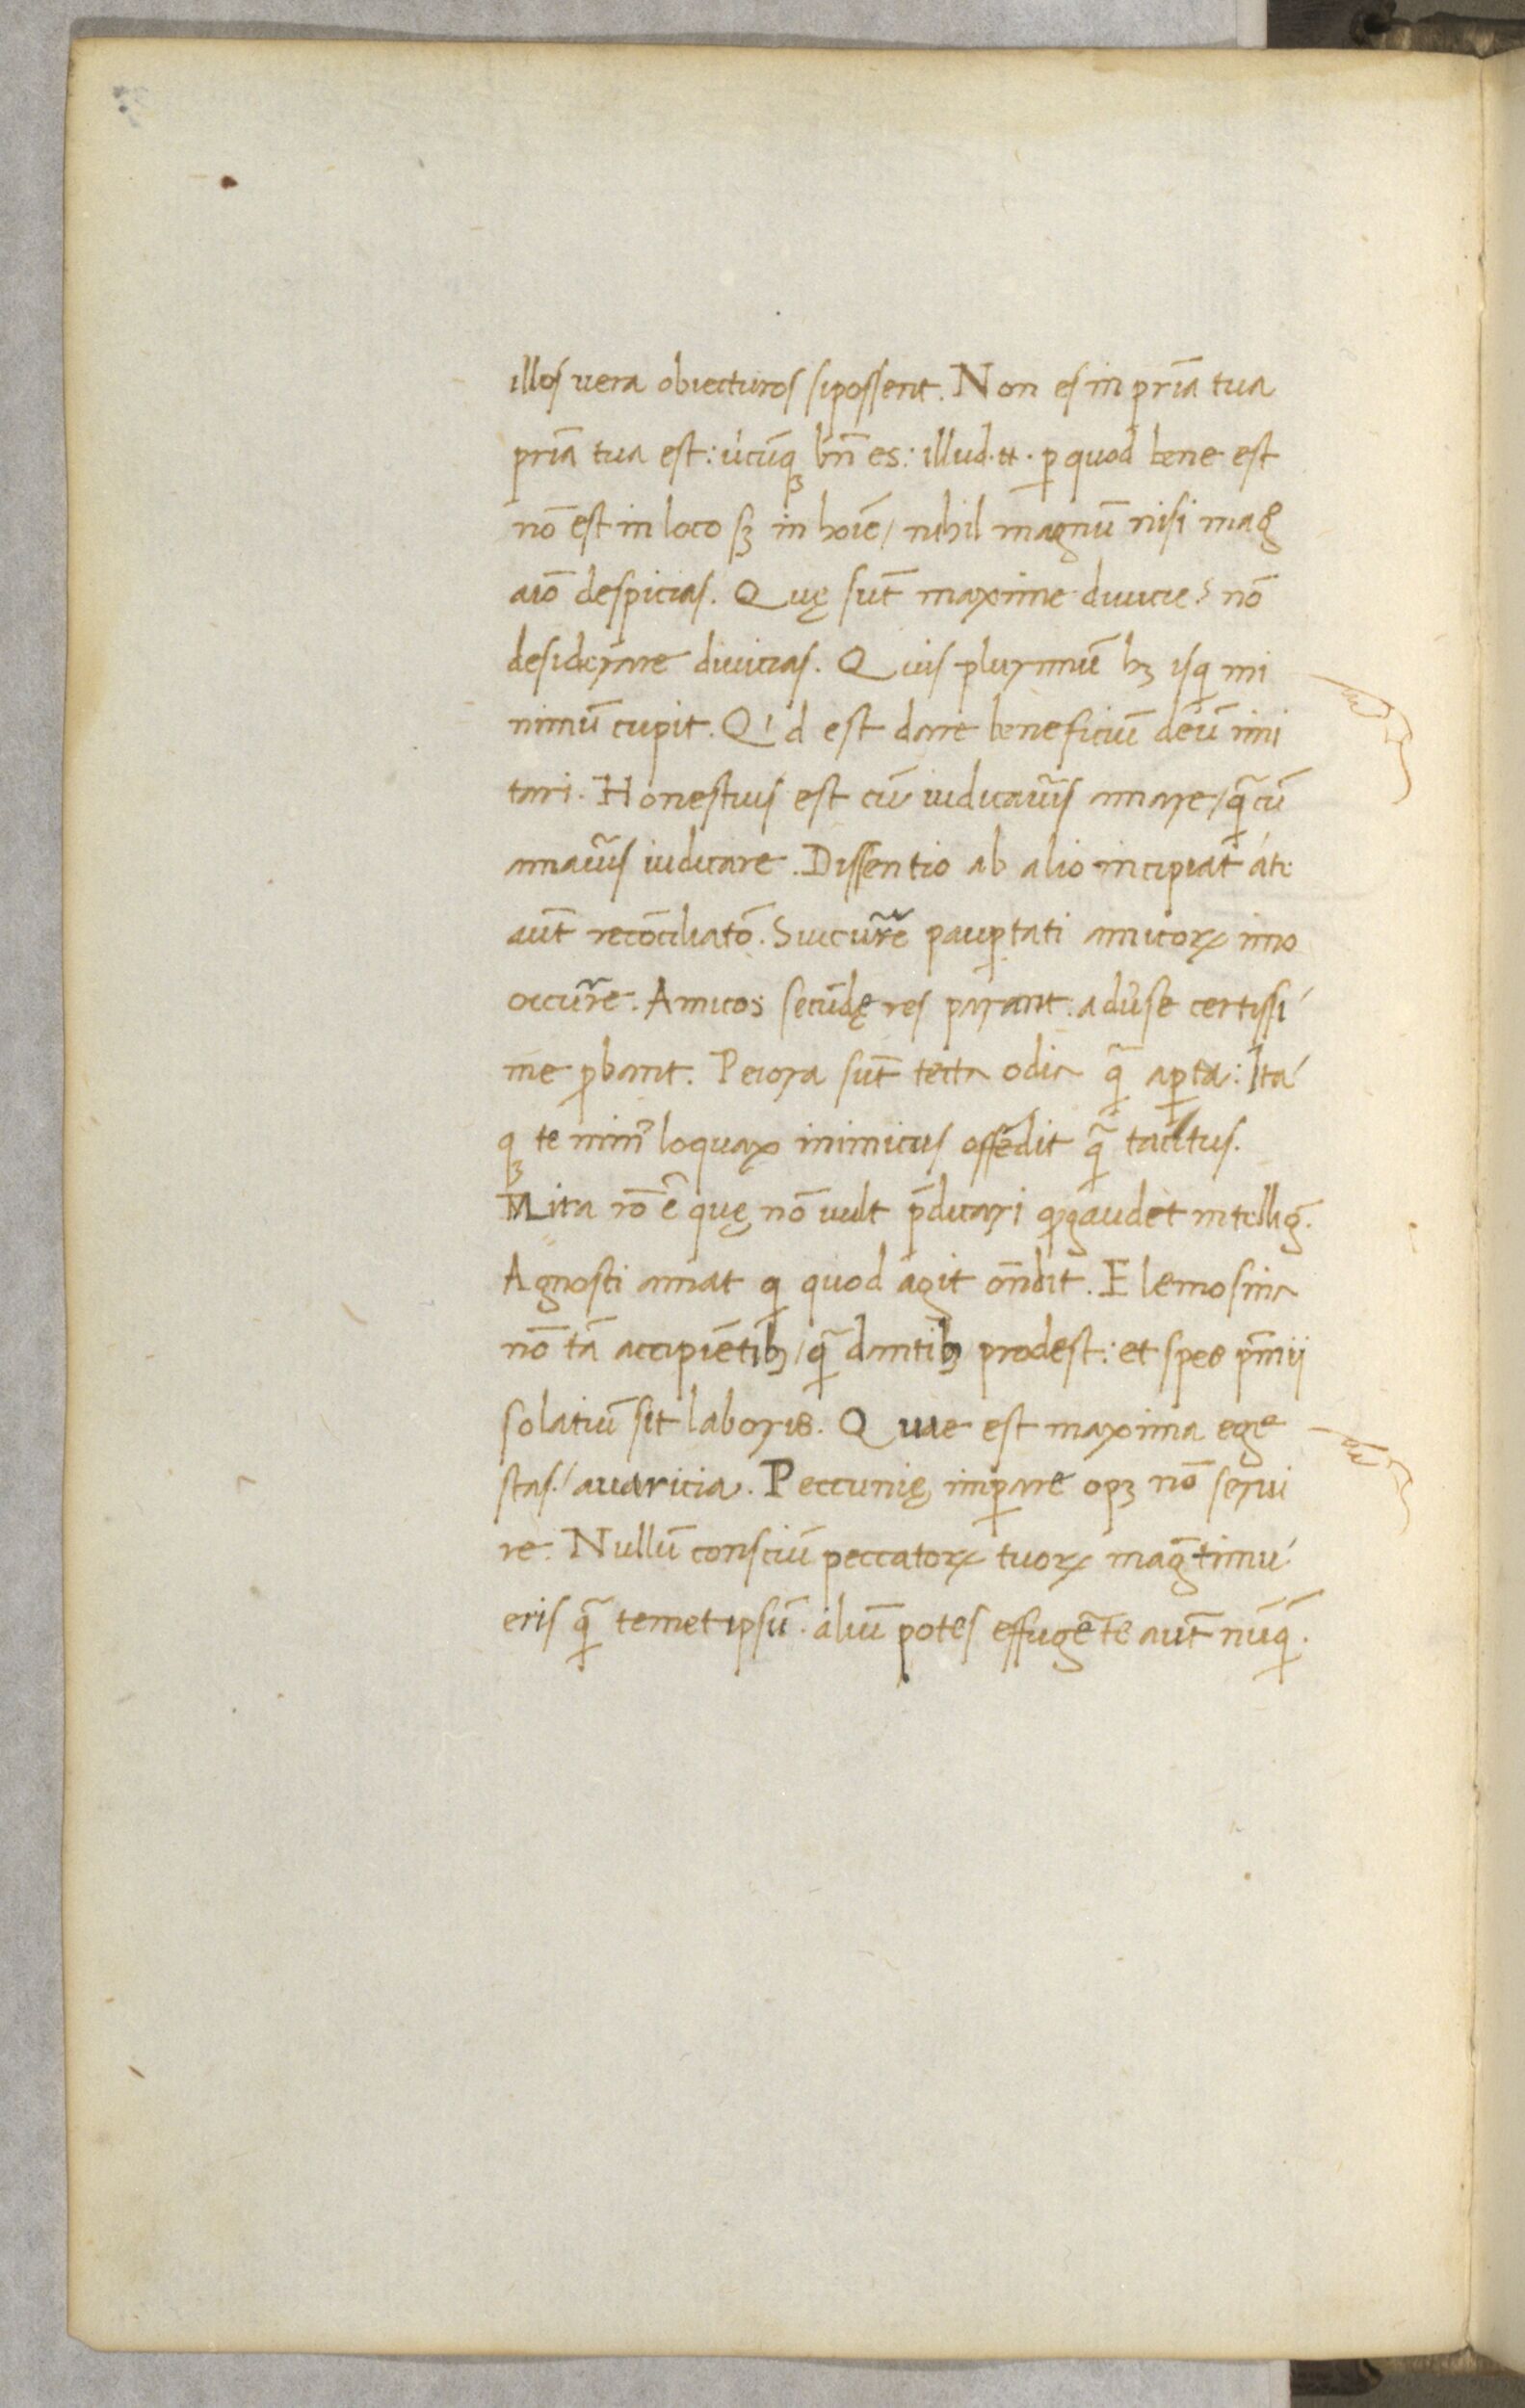
Shelfmark: Paris, BnF, NAL 632
Century: 15